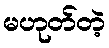
မဟုတ်တဲ့